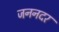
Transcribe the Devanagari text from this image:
जननदर